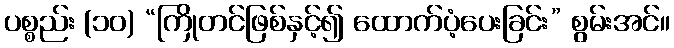
ပစ္စည်း (၁၀) “ကြိုတင်ဖြစ်နှင့်၍ ထောက်ပံ့ပေးခြင်း” စွမ်းအင်။